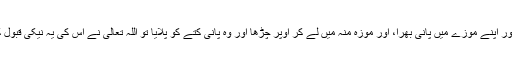
پھر وہ کنوئیں میں اترا اور اپنے موزے میں پانی بھرا، اور موزہ منہ میں لے کر اوپر چڑھا اور وہ پانی کتے کو پلایا تو اللہ تعالیٰ نے اس کی یہ نیکی قبول کی اور اس کو بخش دیا۔